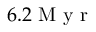
6 . 2 \mathrm { ~ M ~ y ~ r ~ }